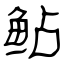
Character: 鲇